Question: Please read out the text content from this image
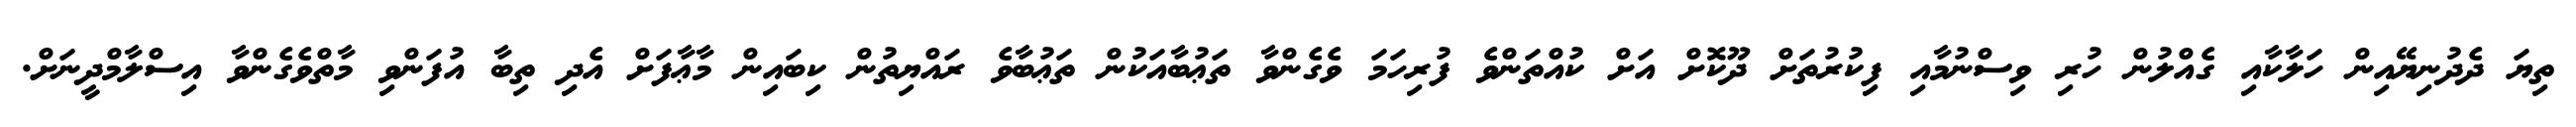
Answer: ތިޔަ ދެދުނިޔޭއިން ހަލާކާއި ގެއްލުން ހުރި ވިސްނުމާއި ފިކުރުތަށް ދޫކޮށް އަށް ކުއްތަންވެ ފުރިހަމަ ވެގެންވާ ތަޢުބާއަކުން ތަޢުބާވެ ރައްޔިތުން ކިބައިން މާޢާފަށް އެދި ތިބާ އުފަންވި މާތްވެގެންވާ އިސްލާމްދީނަށް.